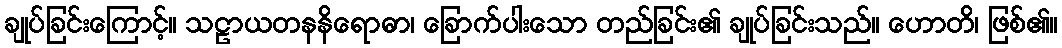
ချုပ်ခြင်းကြောင့်။ သဠာယတနနိရောဓာ၊ ခြောက်ပါးသော တည်ခြင်း၏ ချုပ်ခြင်းသည်။ ဟောတိ၊ ဖြစ်၏။